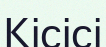
Кісісі